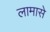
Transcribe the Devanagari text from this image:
लामासे